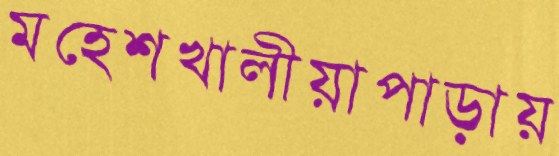
মহেশখালীয়াপাড়ায়